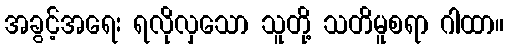
အခွင့်အရေး ရလိုလှသော သူတို့ သတိမူစရာ ဂါထာ။